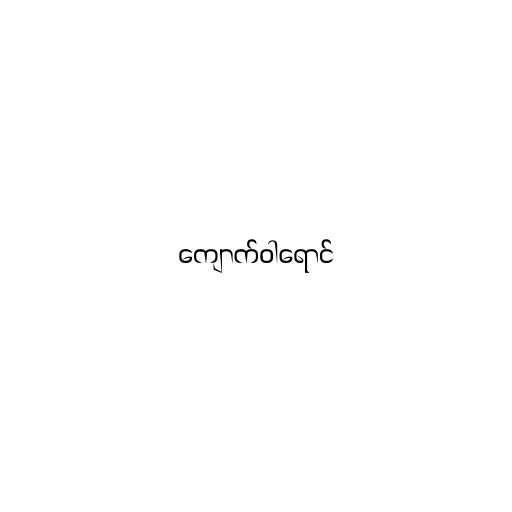
ကျောက်ဝါရောင်